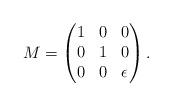
LaTeX: \begin{align*} M = \begin{pmatrix} 1 & 0 & 0\\ 0& 1 & 0\\ 0& 0& \epsilon \end{pmatrix}. \end{align*}